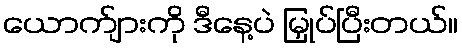
ယောက်ျားကို ဒီနေ့ပဲ မြှုပ်ပြီးတယ်။